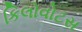
કિલોવોટસ